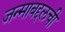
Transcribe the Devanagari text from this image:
जन्माबद्दलची